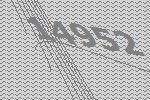
14952